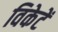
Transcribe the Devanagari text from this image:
विकेटें